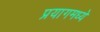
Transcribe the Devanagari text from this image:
प्रयागमध्ये